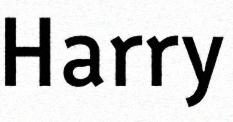
Harry